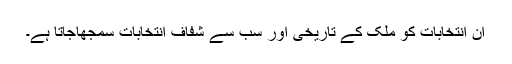
ان انتخابات کو ملک کے تاریخی اور سب سے شفاف انتخابات سمجھاجاتا ہے۔